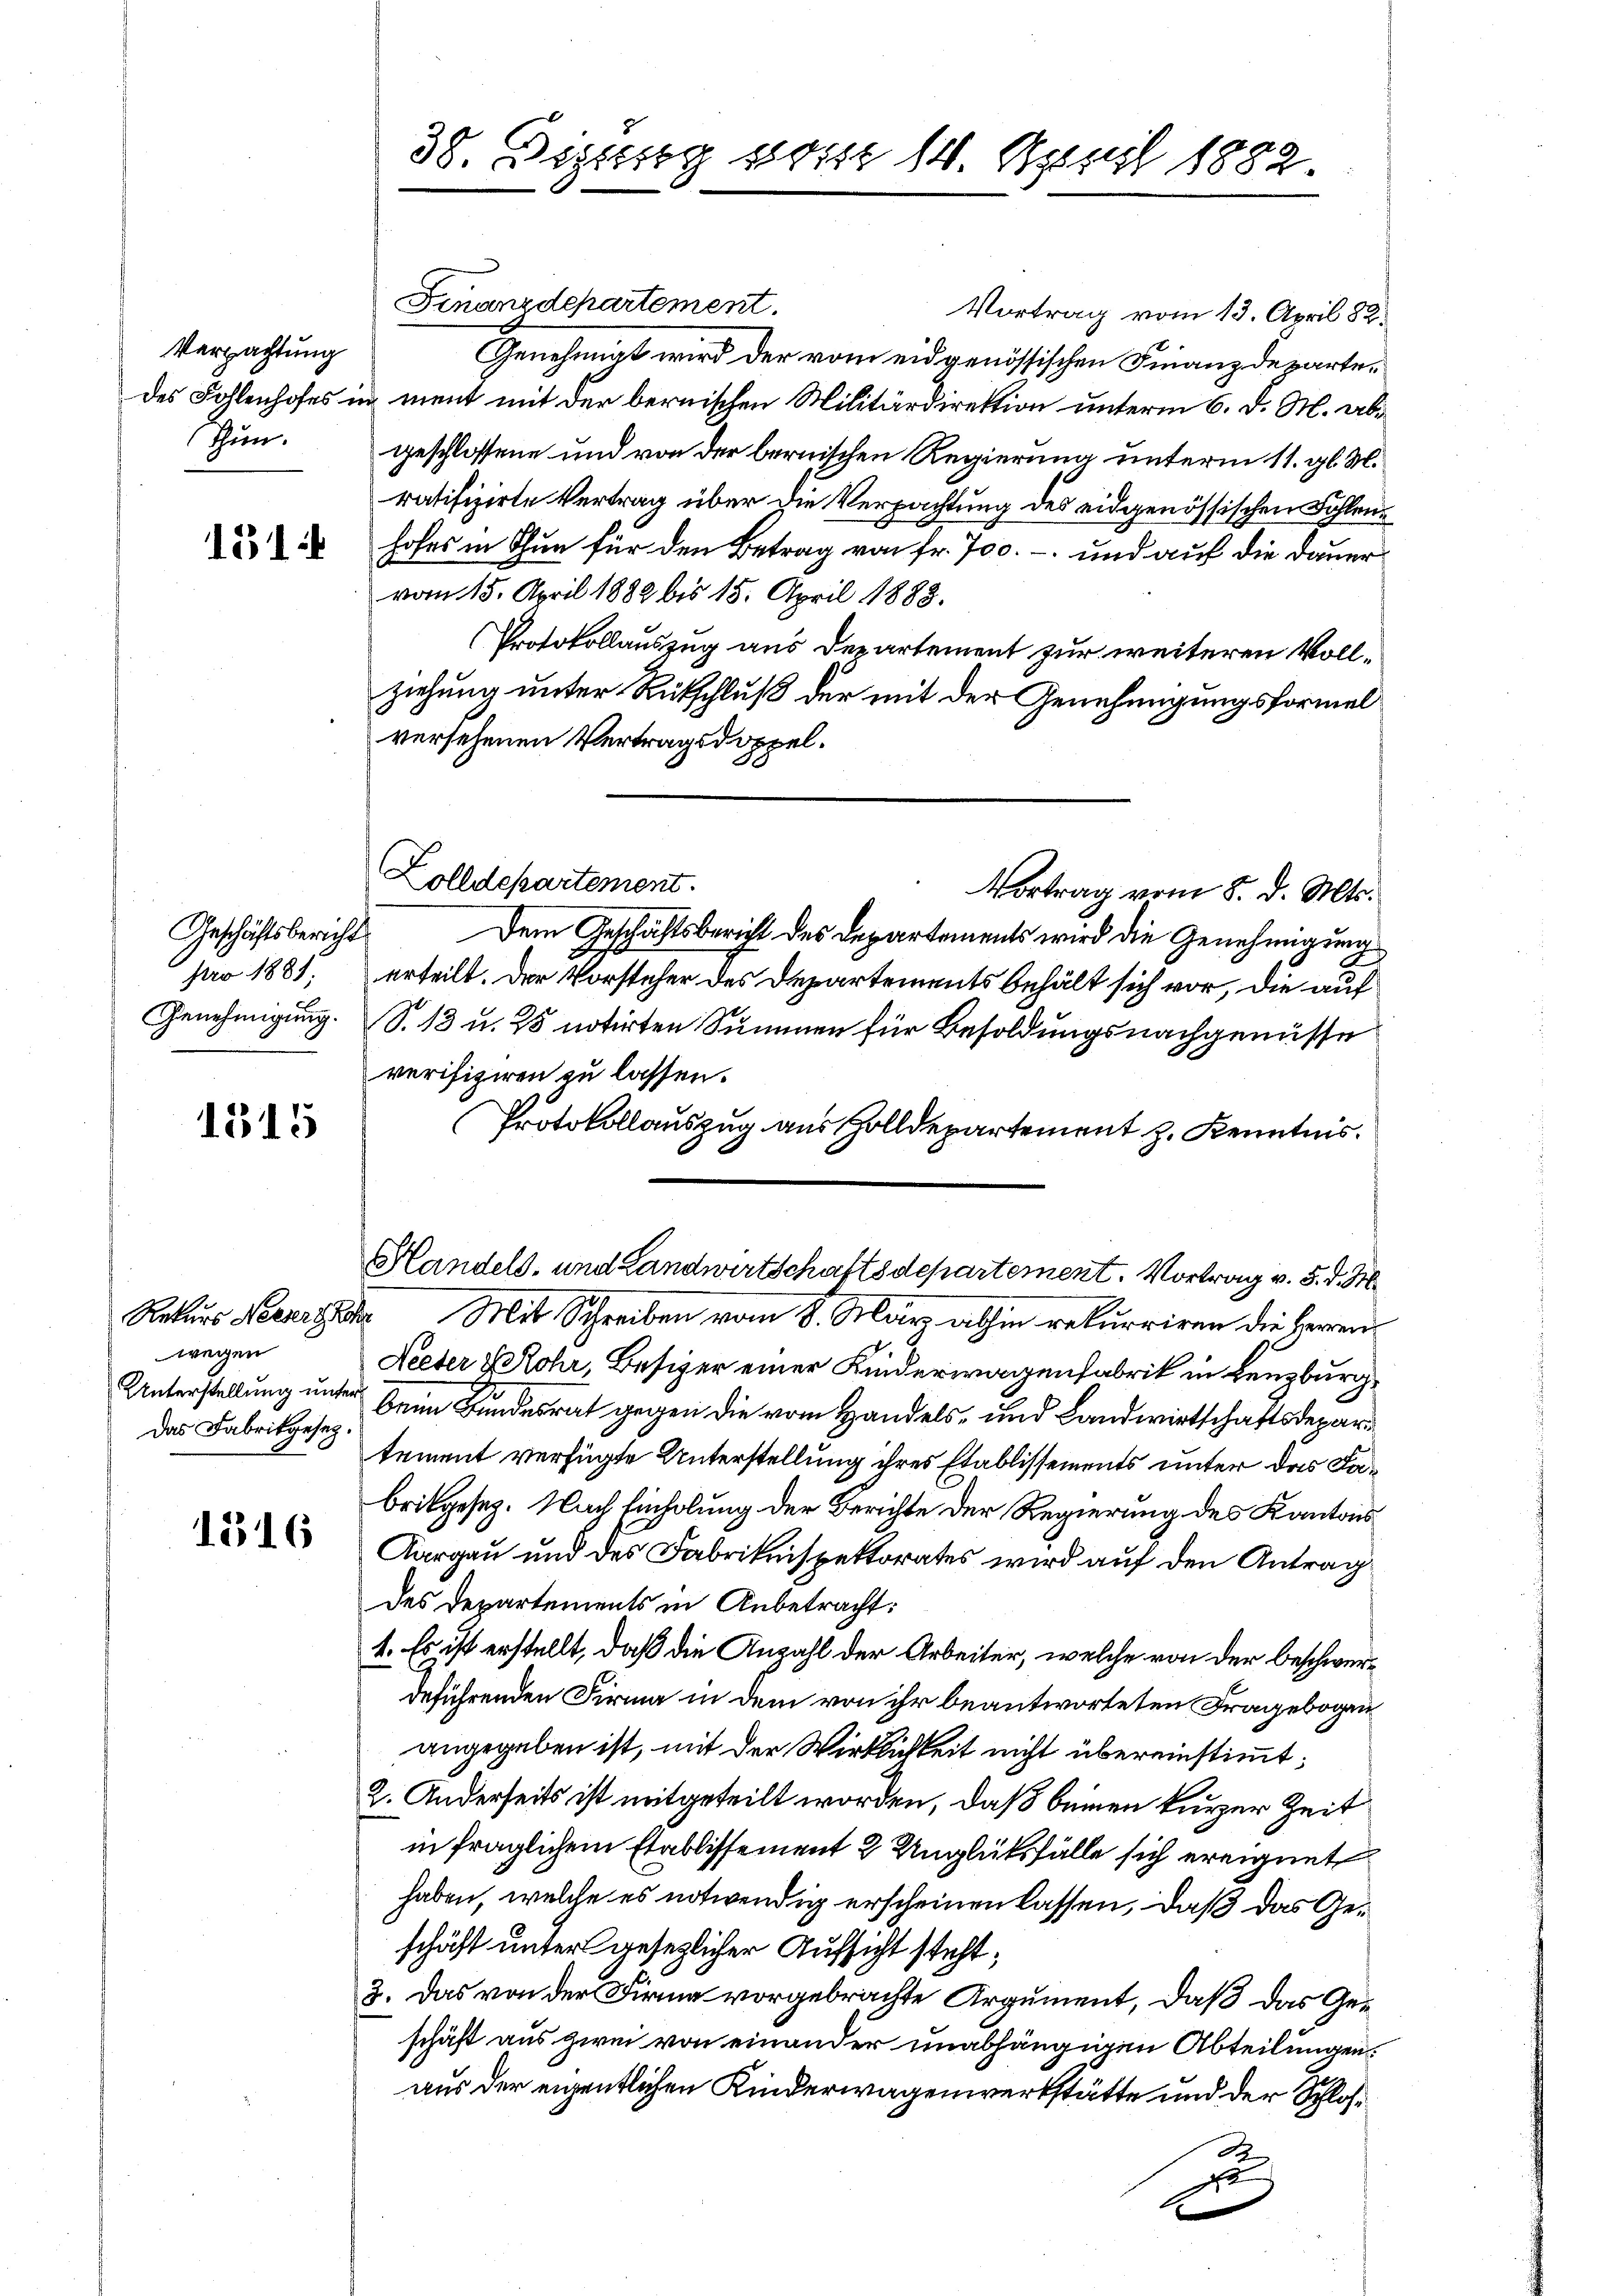
Verpachtung
tun.

151

pro 1881;
Genehmigung.

1315

wegen
Das Fabrikgesetz.

1516

38. Diszig vom 14. April 1882.

Finanzdepartement.
Genehmigt wird der vom eidgenössischen Finanzdepartedes Fohlenhofes in ment mit der bernischen Militärdirektion unterm 6. d. M. abgeschlossene und von der bernischen Regierung unterm 11. gl. M.
ratifizirte Vertrag über die Verpachtung des eidgenössischen Fohlenhofes in Thun für den Betrag von fr. 700. – und auf die Dauer
vom 15. April 1882 bis 15. April 1883.
Protokollauszug aus Departement zur weiteren Vollziehung unter Rutschluß der mit der Genehmigungsformel
versehenen Vertragsdoppel.
Vortrag vom 8. d. Mts.
Geschäftsbericht. Dem Geschäftsbericht des Departements wird die Genehmigung
erteilt. Der Vorsteher des Departements behält sich vor, die auf
S. 13 u. 25 notirten Summen für Besoldungsnachgenüsse
verifiziren zu lassen.
Protokollauszug aus Zolldepartement z. Kenntnis
Handels- und Landwirtschaftsdepartement. Vortrag v. 5. d. M.
Rekurs Herrsche Mit Schreiben vom 8. März abhin rekurriren die Herren¬
Neeter Rohr, Besizer einer Kinderwagenfabrik in Lenzburg,
Unterstellung unter Bren Bundesrat gegen die vom Handels- und Landwirtschaftsdepartement verfügte Unterstellung ihres Etablissements unter das Fabrikgesez. Nach Einholung der Berichte der Regierung des Kantons
Aargau und des Fabrikinspektorates wird auf den Antrag
des Departements in Anbetracht:
1. Es ist erstellt, daß die Anzahl der Arbeiter, welche von der beschwerdeführenden Firma in dem von ihr beantworteten Fragebogen
angegeben ist, mit der Wirklichkeit nicht übereinstimmt:
2. Anderseits ist mitgeteilt worden, daß beinen kurzer Zeit
in fraglichem Etablissement 2 Unglüksfälle sich ereignet
haben, welche es notwendig erscheinen lassen, daß das Geschäft unter gesezlicher Aufsicht steht;
2. Das von der Firma vorgebrachte Argument, daß das Geschäft aus zwei von einander unabhängigen Abteilungen.
aus der eigentlichen Kinderwagenwerkstätte und der Schloß¬

Zolldepartement.

Vortrag vom 13. April 88.